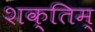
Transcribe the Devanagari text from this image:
शक्तिम्‌